Vaccination in Bombay 1869-1873 - 1869-1873
Year: 1869
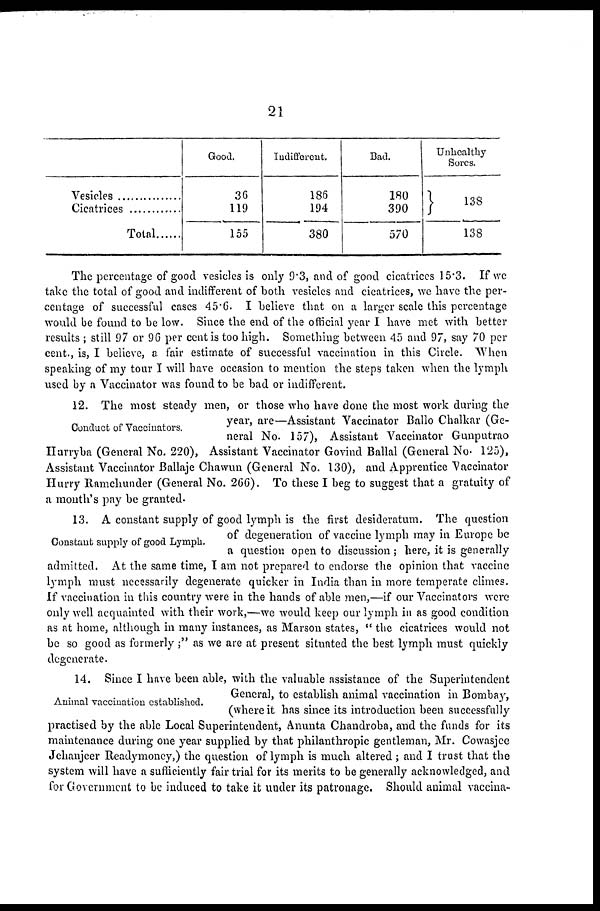
21
Vesicles ..........
Cicatrices ........
Total
Good.
36
119
155
Indifferent.
186
194
380
Bad.
180
390
570
Unhealthy
Sores.
138
138
The percentage of good vesicles is only 9.3, and of good cicatrices 15.3. If we
take the total of good and indifferent of both vesicles and cicatrices, we have the per
centage of successful cases 45.6. I believe that on a larger scale this percentage
would be found to be low. Since the end of the official year I have met with better
results ; still 97 or 96 per cent is too high. Something between 45 and 97, say 70 per
cent., is, I believe, a fair estimate of successful vaccination in this Circle. When
speaking of my tour I will have occasion to mention the steps taken when the l ymph
used by a Vaccinator was found to be bad or indifferent.
Conduct of Vaccinators.
12. The most steady men, or those who have done the most work during the
year, are—Assistant Vaccinator Ballo Chalkar (Ge-
neral No. 157), Assistant Vaccinator Gunputrao
Harryba (General No. 220), Assistant Vaccinator Govind Ballal (General No. 125).
Assistant Vaccinator Ballaje Chawun (General No. 130), and Apprentice Vaccinator
Hurry Ramchunder (General No. 266). To these I beg to suggest that a gratuity of
a month's pay be granted.
Constant supply of good Lymph.
13. A constant supply of good lymph is the first desideratum. The question
of degeneration of vaccine lymph may in Europe be
a question open to discussion ; here, it is generally
admitted. At the same time, I am not prepared to endorse the opinion that vaccine
lymph must necessarily degenerate quicker in India than in more temperate climes.
If vaccination in this country were in the hands of able men,—if our Vaccinators were
only well acquainted with their work,—we would keep our lymph in as good condition
as at home, although in many instances, as Marson states, " the cicatrices would not
be so good as formerly ;" as we are at present situated the best lymph must quickly
degenerate.
Animal vaccination established.
14. Since I have been able, with the valuable assistance of the Superintendent
General, to establish animal vaccination in Bombay,
(where it has since its introduction been successfully
practised by the able Local Superintendent, Anunta Chandroba, and the funds for its
maintenance during one year supplied by that philanthropic gentleman, Mr. Cowasjee
Jehanjeer Readymoney,) the question of lymph is much altered; and I trust that the
system will have a sufficiently fair trial for its merits to be generally acknowledged, and
for Government to be induced to take it under its patronage, Should animal vaccina-